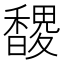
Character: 𮩬